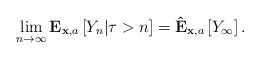
LaTeX: \begin{align*}\lim_{n\rightarrow \infty }\mathbf{E}_{\mathbf{x},a}\left[ Y_{n}|\tau >n\right] =\mathbf{\hat{E}}_{\mathbf{x},a}\left[ Y_{\infty}\right] .\end{align*}